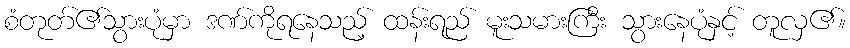
စံတုတ်၏သွားပုံမှာ ဒဏ်ကိုရနေသည့် ထန်းရည် မူးသမားကြီး သွားနေပုံနှင့် တူလှ၏။